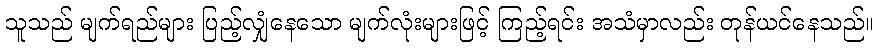
သူသည် မျက်ရည်များ ပြည့်လျှံနေသော မျက်လုံးများဖြင့် ကြည့်ရင်း အသံမှာလည်း တုန်ယင်နေသည်။